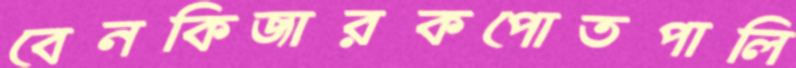
বেনকিজারকপোতপালি